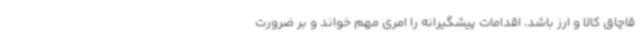
قاچاق کالا و ارز باشد، اقدامات پیشگیرانه را امری مهم خواند و بر ضرورت